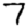
Digit: 7